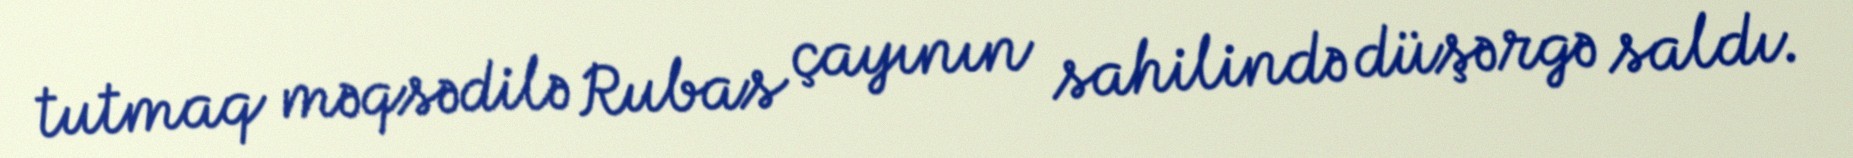
tutmaq məqsədilə Rubas çayının sahilində düşərgə saldı.